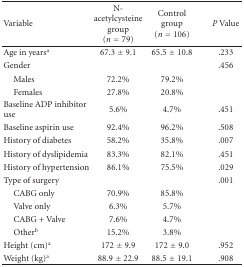
<table><thead><tr><td><b>Variable</b></td><td><b>N-acetylcysteine group (<i>n</i> = 79)</b></td><td><b>Control group (<i>n</i> = 106)</b></td><td><b><i>P </i>Value</b></td></tr></thead><tbody><tr><td>Age in years<sup>a</sup></td><td>67.3 ± 9.1</td><td>65.5 ± 10.8</td><td>.233</td></tr><tr><td>Gender</td><td></td><td></td><td>.456</td></tr><tr><td> Males</td><td>72.2%</td><td>79.2%</td><td></td></tr><tr><td> Females</td><td>27.8%</td><td>20.8%</td><td></td></tr><tr><td>Baseline ADP inhibitor use</td><td>5.6%</td><td>4.7%</td><td>.451</td></tr><tr><td>Baseline aspirin use</td><td>92.4%</td><td>96.2%</td><td>.508</td></tr><tr><td>History of diabetes</td><td>58.2%</td><td>35.8%</td><td>.007</td></tr><tr><td>History of dyslipidemia</td><td>83.3%</td><td>82.1%</td><td>.451</td></tr><tr><td>History of hypertension</td><td>86.1%</td><td>75.5%</td><td>.029</td></tr><tr><td>Type of surgery</td><td></td><td></td><td>.001</td></tr><tr><td> CABG only</td><td>70.9%</td><td>85.8%</td><td></td></tr><tr><td> Valve only</td><td>6.3%</td><td>5.7%</td><td></td></tr><tr><td> CABG + Valve</td><td>7.6%</td><td>4.7%</td><td></td></tr><tr><td> Other<sup>b</sup></td><td>15.2%</td><td>3.8%</td><td></td></tr><tr><td>Height (cm)<sup>a</sup></td><td>172 ± 9.9</td><td>172 ± 9.0</td><td>.952</td></tr><tr><td>Weight (kg)<sup>a</sup></td><td>88.9 ± 22.9</td><td>88.5 ± 19.1</td><td>.908</td></tr></tbody></table>